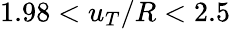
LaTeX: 1.98<u_{T}/R<2.5